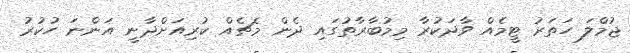
ޖުމްލަ ހަތަރު ޓީމެއް ވާދަކުރާ މިމުބާރާތުގައި ދެން މެޗެއް ކުރިއަށްދާނީ އަންނަ ހުކުރު